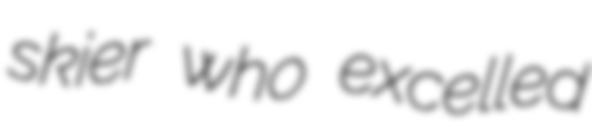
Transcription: skier who excelled